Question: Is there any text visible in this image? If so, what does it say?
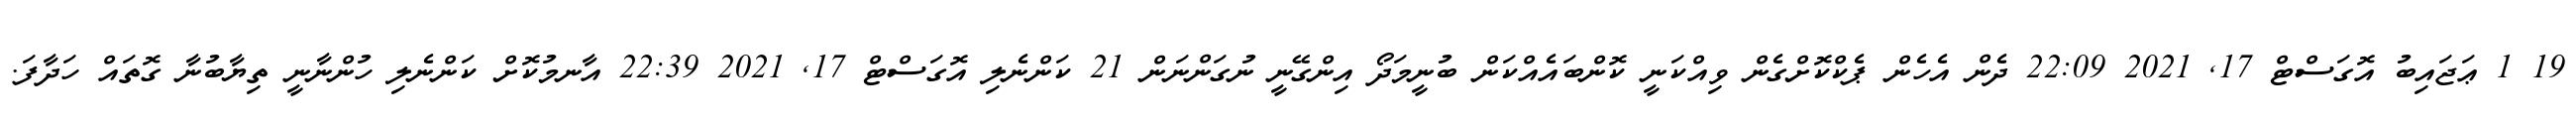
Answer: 19 1 ޢަޖައިބު އޮގަސްޓް 17, 2021 22:09 ދެން އެހެން ޕެކްކޮށްގެން ވިއްކަނީ ކޮންބައެއްކަން ބުނީމަދޯ އިންގޭނީ ނުގަންނަން 21 ކަންނެލި އޮގަސްޓް 17, 2021 22:39 އާނމުކޮށް ކަންނެލި ހުންނާނީ ތިޔާބުނާ ގޮތައް ހަދާފަ.